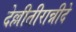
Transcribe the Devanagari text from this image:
देल्लीतीरान्नीदे